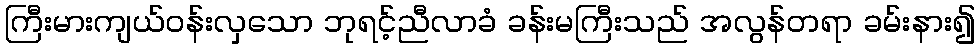
ကြီးမားကျယ်ဝန်းလှသော ဘုရင့်ညီလာခံ ခန်းမကြီးသည် အလွန်တရာ ခမ်းနား၍